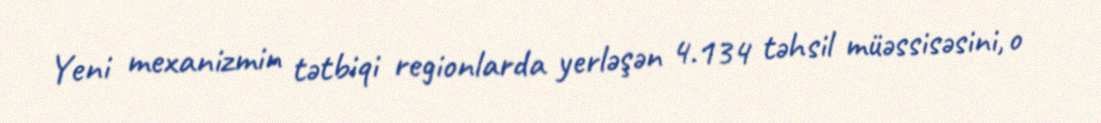
Yeni mexanizmin tətbiqi regionlarda yerləşən 4.134 təhsil müəssisəsini, o